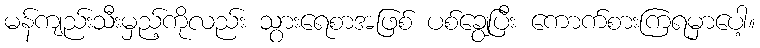
မန်ကျည်းသီးမှည့်ကိုလည်း သွားရေစာအဖြစ် ပစ်ချွေပြီး ကောက်စားကြရမှာပေါ့။